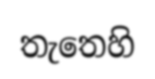
තැතෙහි